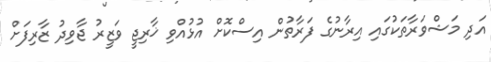
އަދި މަޝްވަަރާތަކުގައި އިރާނުގެ ފަރާތުން އިސްކޮށް އުޅުއްވި ޚާރިޖީ ވަޒީރު ޖާވިދު ޒާރިފަށް